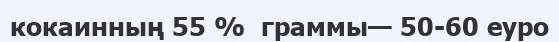
кокаинның 55 %  граммы— 50-60 еуро